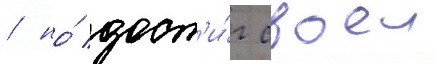
/ но́ дост'и́г своеи